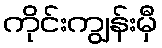
ကိုင်းကျွန်းမှီ